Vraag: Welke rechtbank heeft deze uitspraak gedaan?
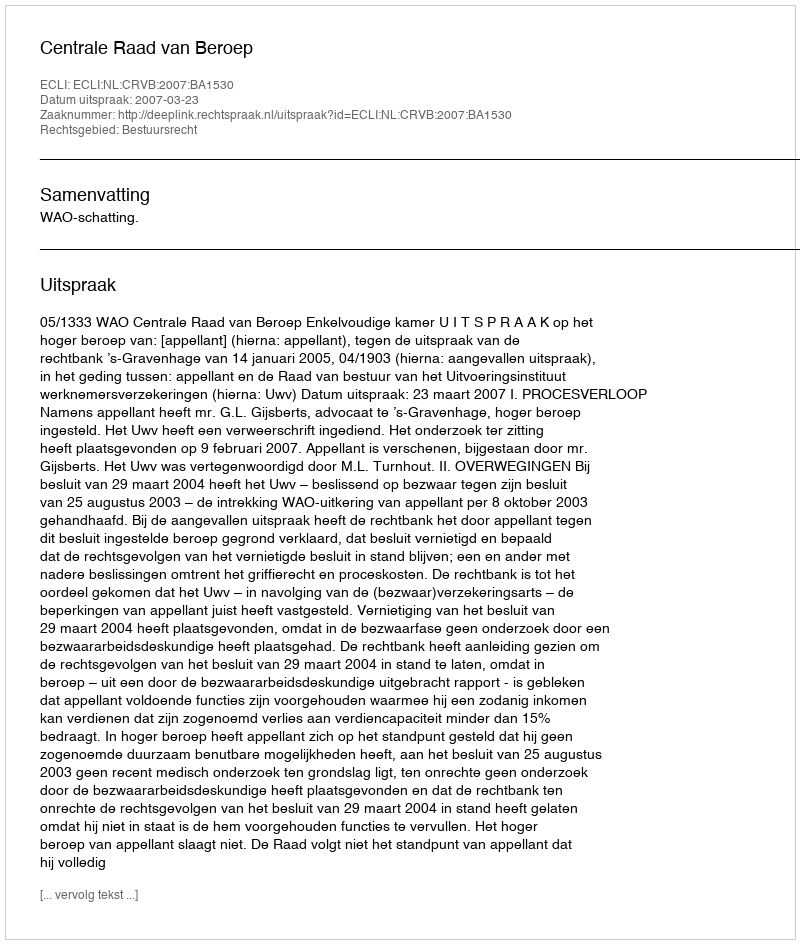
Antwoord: Centrale Raad van Beroep